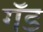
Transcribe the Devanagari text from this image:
गॅड